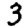
Digit: 3